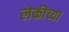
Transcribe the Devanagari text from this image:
लेकीच्या